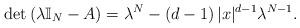
LaTeX: \begin{align*}\det\left( \lambda\mathbb{I}_{N}-A\right) =\lambda^{N}-\left( d-1\right)|x|^{d-1}\lambda^{N-1}.\end{align*}